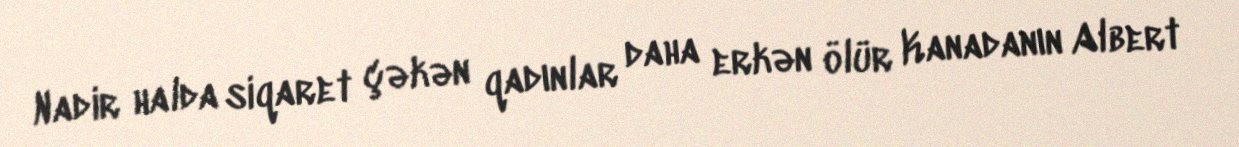
Nadir halda siqaret çəkən qadınlar daha erkən ölür Kanadanın Albert